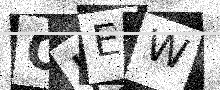
Text: OJEW